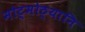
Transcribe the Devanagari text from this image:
मोट्मोठ्यानि